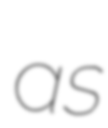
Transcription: as